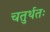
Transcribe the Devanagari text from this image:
चतुर्थतः